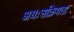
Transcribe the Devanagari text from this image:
अधःसक्रियता